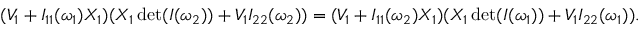
\begin{array} { r } { ( V _ { 1 } + I _ { 1 1 } ( \omega _ { 1 } ) X _ { 1 } ) ( X _ { 1 } \operatorname* { d e t } ( I ( \omega _ { 2 } ) ) + V _ { 1 } I _ { 2 2 } ( \omega _ { 2 } ) ) = ( V _ { 1 } + I _ { 1 1 } ( \omega _ { 2 } ) X _ { 1 } ) ( X _ { 1 } \operatorname* { d e t } ( I ( \omega _ { 1 } ) ) + V _ { 1 } I _ { 2 2 } ( \omega _ { 1 } ) ) . } \end{array}